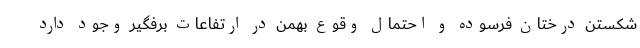
شکستن درختان فرسوده و احتمال وقوع بهمن در ارتفاعات برفگیر وجود دارد